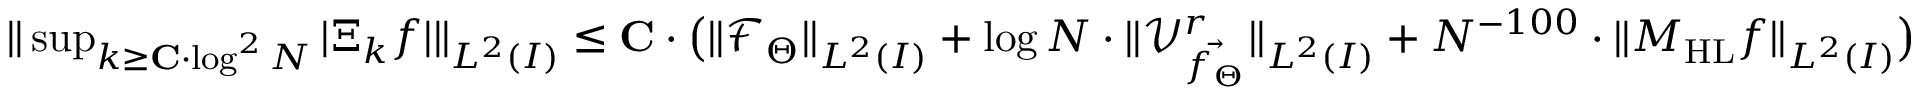
\begin{array} { r } { \| \operatorname* { s u p } _ { k \geq \mathbf { C } \cdot \log ^ { 2 } N } | \Xi _ { k } f | \| _ { L ^ { 2 } ( I ) } \leq \mathbf { C } \cdot \big ( \| \mathcal { F } _ { \Theta } \| _ { L ^ { 2 } ( I ) } + \log N \cdot \| \mathcal { V } _ { \vec { f _ { \Theta } } } ^ { r } \| _ { L ^ { 2 } ( I ) } + N ^ { - 1 0 0 } \cdot \| M _ { \mathrm { H L } } f \| _ { L ^ { 2 } ( I ) } \big ) } \end{array}